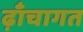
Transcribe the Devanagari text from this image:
ढ़ाँचागत